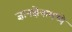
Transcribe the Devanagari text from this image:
ज्ञानक्षेत्रामध्ये